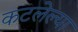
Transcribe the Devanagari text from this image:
कटलेल्या